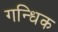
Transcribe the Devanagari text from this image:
गन्धिक